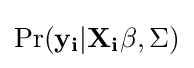
\Pr(\mathbf {y_{i}} |\mathbf {X_{i}\beta } ,\Sigma )